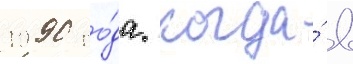
1990 го́да. когда́ в